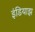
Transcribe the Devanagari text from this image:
इंडियाझ